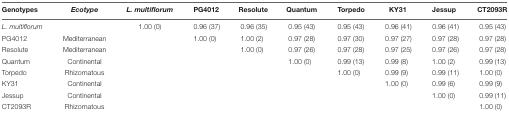
<table><thead><tr><td><b>Genotypes</b></td><td><b><i>Ecotype</i></b></td><td><b><i>L. multiflorum</i></b></td><td><b>PG4012</b></td><td><b>Resolute</b></td><td><b>Quantum</b></td><td><b>Torpedo</b></td><td><b>KY31</b></td><td><b>Jessup</b></td><td><b>CT2093R</b></td></tr></thead><tbody><tr><td><i>L. multiflorum</i></td><td></td><td>1.00 (0)</td><td>0.96 (37)</td><td>0.96 (35)</td><td>0.95 (43)</td><td>0.95 (43)</td><td>0.96 (41)</td><td>0.96 (41)</td><td>0.95 (43)</td></tr><tr><td>PG4012</td><td>Mediterranean</td><td></td><td>1.00 (0)</td><td>1.00 (2)</td><td>0.97 (28)</td><td>0.97 (30)</td><td>0.97 (27)</td><td>0.97 (28)</td><td>0.97 (28)</td></tr><tr><td>Resolute</td><td>Mediterranean</td><td></td><td></td><td>1.00 (0)</td><td>0.97 (26)</td><td>0.97 (28)</td><td>0.97 (25)</td><td>0.97 (26)</td><td>0.97 (28)</td></tr><tr><td>Quantum</td><td>Continental</td><td></td><td></td><td></td><td>1.00 (0)</td><td>0.99 (13)</td><td>0.99 (8)</td><td>1.00 (2)</td><td>0.99 (13)</td></tr><tr><td>Torpedo</td><td>Rhizomatous</td><td></td><td></td><td></td><td></td><td>1.00 (0)</td><td>0.99 (9)</td><td>0.99 (11)</td><td>1.00 (0)</td></tr><tr><td>KY31</td><td>Continental</td><td></td><td></td><td></td><td></td><td></td><td>1.00 (0)</td><td>0.99 (6)</td><td>0.99 (9)</td></tr><tr><td>Jessup</td><td>Continental</td><td></td><td></td><td></td><td></td><td></td><td></td><td>1.00 (0)</td><td>0.99 (11)</td></tr><tr><td>CT2093R</td><td>Rhizomatous</td><td></td><td></td><td></td><td></td><td></td><td></td><td></td><td>1.00 (0)</td></tr></tbody></table>